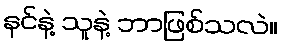
နင်နဲ့ သူနဲ့ ဘာဖြစ်သလဲ။